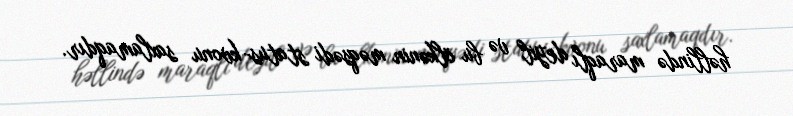
həllində maraqlı deyil və bu ölkənin məqsədi status-kvonu saxlamaqdır.